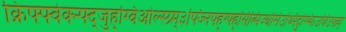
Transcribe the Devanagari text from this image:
क्रिफ्फ्वेक्न्फ्द्जुह्ग्विओल्स्ग्र्म्३फ्ज्निफ्ह्ग्फ्ह्सित्मिज्धेसिउथ्मिदुग्भ्फिउघिउफ्व्न्य्